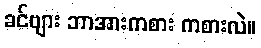
ခင်ဗျား ဘာအားကစား ကစားလဲ။